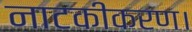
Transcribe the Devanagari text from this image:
नाटकीकरण।